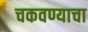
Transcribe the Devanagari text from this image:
चकवण्याचा